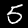
Label: 5